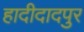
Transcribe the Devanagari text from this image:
हादीदादपुर